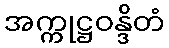
အက္ကုဋ္ဌဝန္ဒိတံ